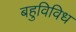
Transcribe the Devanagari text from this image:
बहुविविध